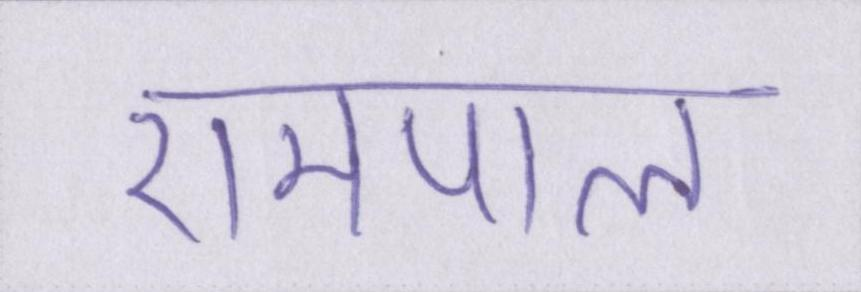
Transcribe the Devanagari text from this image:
रामपाल